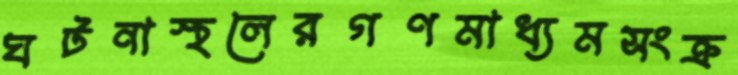
ঘটনাস্থলেরগণমাধ্যমসংক্র